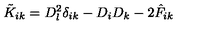
\tilde { K } _ { i k } = D _ { l } ^ { 2 } \delta _ { i k } - D _ { i } D _ { k } - 2 \hat { F } _ { i k }